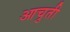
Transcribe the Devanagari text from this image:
आचुती